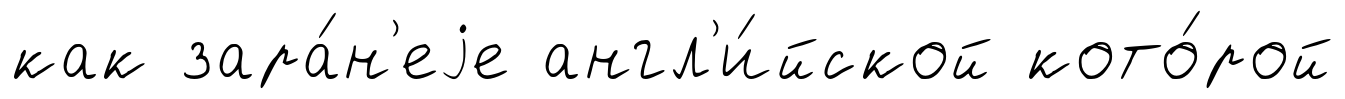
как зара́н'еjе англ'и́йской кото́рой